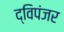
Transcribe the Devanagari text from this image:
द्विपंजर